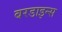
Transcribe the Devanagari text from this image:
बरडाइन्स